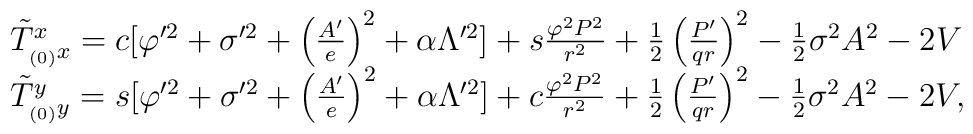
\begin{array}{ll}\tilde T^{x}_{_{(0)}x} = c[\varphi'^2 +\sigma'^2 + \left(\frac{A'}{e}\right)^2 + \alpha \Lambda'^2] + s\frac{\varphi^2P^2}{r^2} +\frac{1}{2}\left(\frac{P'}{qr}\right)^2 -\frac{1}{2} \sigma^2 A^2 -2V \\\tilde T^{y}_{_{(0)}y} = s [\varphi'^2 +\sigma'^2 + \left(\frac{A'}{e}\right)^2 + \alpha \Lambda'^2] + c\frac{\varphi^2 P^2}{r^2} +\frac{1}{2}\left(\frac{P'}{q r}\right)^2 - \frac{1}{2}\sigma^2 A^2- 2V, \end{array}